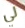
لي